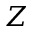
Z